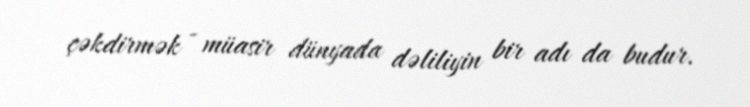
çəkdirmək - müasir dünyada dəliliyin bir adı da budur.